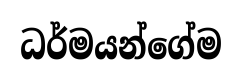
ධර්මයන්ගේම